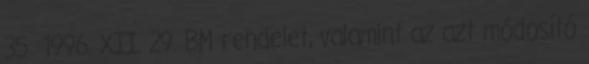
35 1996. XII. 29. BM rendelet, valamint az azt módosító